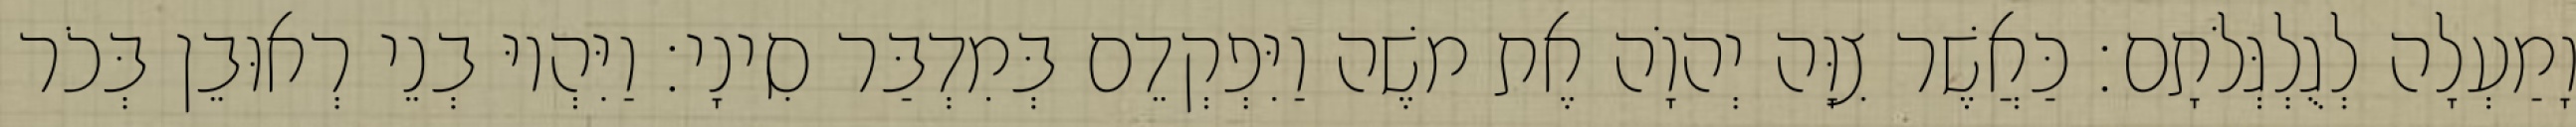
וָמַעְלָה לְגֻלְגְּלֹתָם׃ כַּאֲשֶׁר צִוָּה יְהוָֹה אֶת משֶׁה וַיִּפְקְדֵם בְּמִדְבַּר סִינָי׃ וַיִּהְיוּ בְנֵי רְאוּבֵן בְּכֹר